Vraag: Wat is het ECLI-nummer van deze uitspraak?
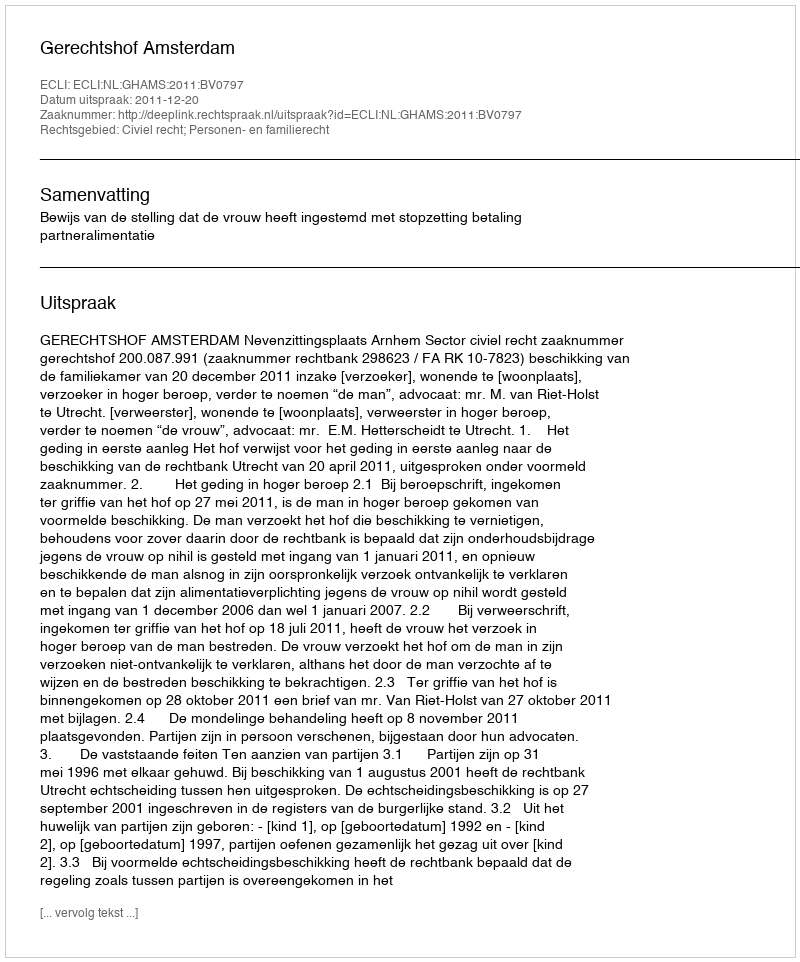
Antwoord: ECLI:NL:GHAMS:2011:BV0797